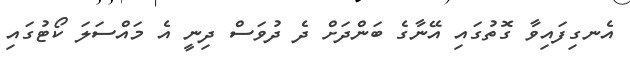
އެނގިފައިވާ ގޮތުގައި އޭނާގެ ބަންދަށް ދެ ދުވަސް ދިނީ އެ މައްސަލަ ކޯޓުގައި